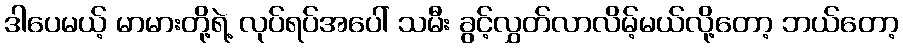
ဒါပေမယ့် မာမားတို့ရဲ့ လုပ်ရပ်အပေါ် သမီး ခွင့်လွှတ်လာလိမ့်မယ်လို့တော့ ဘယ်တော့